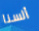
ألسنا